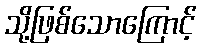
သို့ဖြစ်သောကြောင့်